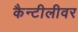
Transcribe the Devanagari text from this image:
कैन्टीलीवर